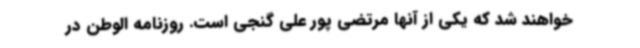
خواهند شد که یکی از آنها مرتضی پور علی گنجی است. روزنامه الوطن در